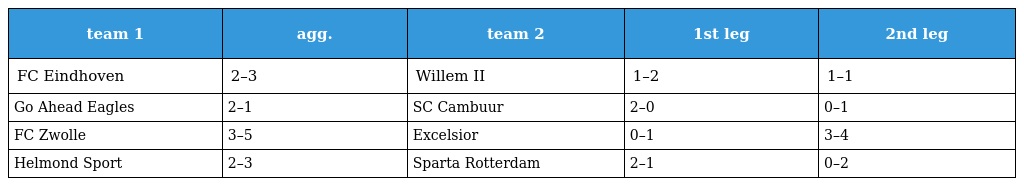
| team 1 | agg. | team 2 | 1st leg | 2nd leg |
 | --- | --- | --- | --- | --- |
 | FC Eindhoven | 2–3 | Willem II | 1–2 | 1–1 |
 | Go Ahead Eagles | 2–1 | SC Cambuur | 2–0 | 0–1 |
 | FC Zwolle | 3–5 | Excelsior | 0–1 | 3–4 |
 | Helmond Sport | 2–3 | Sparta Rotterdam | 2–1 | 0–2 |